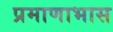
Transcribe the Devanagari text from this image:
प्रमाणाभास